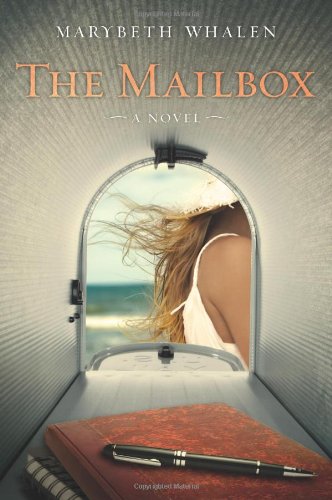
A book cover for The Mailbox: A Novel; Marybeth Whalen; Literature & Fiction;